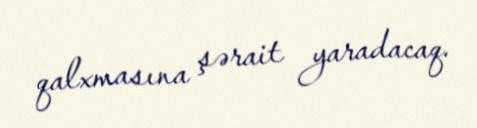
qalxmasına şərait yaradacaq.